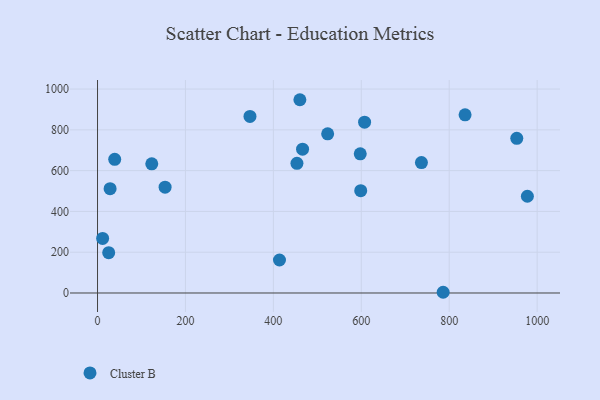
{"axis": {"x": "Experience", "y": "Yield"}, "legend": ["Cluster B"], "data": [{"x": "607.5", "y": 837.6, "type": "Cluster B"}, {"x": "736.8", "y": 639.7, "type": "Cluster B"}, {"x": "523.5", "y": 780.4, "type": "Cluster B"}, {"x": "836.1", "y": 873.6, "type": "Cluster B"}, {"x": "123.4", "y": 633.2, "type": "Cluster B"}, {"x": "346.8", "y": 865.9, "type": "Cluster B"}, {"x": "413.9", "y": 161.8, "type": "Cluster B"}, {"x": "153.7", "y": 518.7, "type": "Cluster B"}, {"x": "39.1", "y": 655.6, "type": "Cluster B"}, {"x": "25.4", "y": 197.5, "type": "Cluster B"}, {"x": "28.6", "y": 511.6, "type": "Cluster B"}, {"x": "453.6", "y": 635.9, "type": "Cluster B"}, {"x": "953.7", "y": 758.4, "type": "Cluster B"}, {"x": "460.3", "y": 947.7, "type": "Cluster B"}, {"x": "597.6", "y": 682.4, "type": "Cluster B"}, {"x": "977.8", "y": 474.3, "type": "Cluster B"}, {"x": "598.7", "y": 501.6, "type": "Cluster B"}, {"x": "11.6", "y": 267.7, "type": "Cluster B"}, {"x": "466.4", "y": 705.1, "type": "Cluster B"}, {"x": "786.2", "y": 3.5, "type": "Cluster B"}]}